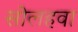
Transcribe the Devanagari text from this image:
सोलहवा